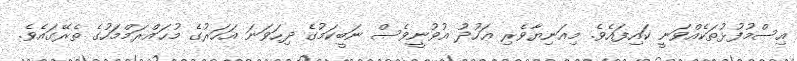
އިސްމުފުޅުތަކެއްވަނީ ކައިފައެވެ. މިއަނިޔާވެރި ޢަހުދު އުވުނީވެސް ނަބީކަމުގެ ދިހަވަނަ އަހަރުގެ މުޙައްރަމްމަހުގެ ތެރޭގައެވެ.